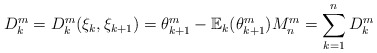
\begin{align*}D_{k}^{m}=D_{k}^{m}(\xi_{k},\xi_{k+1})=\theta_{k+1}^{m}-\mathbb{E}_{k}(\theta_{k+1}^{m})M_{n}^{m}=\sum_{k=1}^{n}D_{k}^{m}\end{align*}